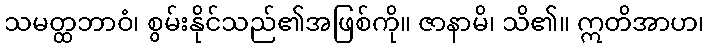
သမတ္ထဘာဝံ၊ စွမ်းနိုင်သည်၏အဖြစ်ကို။ ဇာနာမိ၊ သိ၏။ ဣတိအာဟ၊